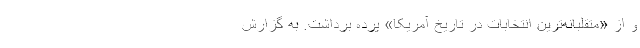
و از «متقلبانه‌ترین انتخابات در تاریخ آمریکا» پرده برداشت. به گزارش